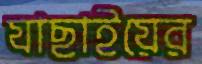
যাছাইয়ের